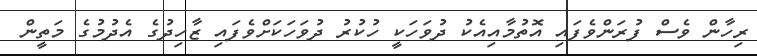
ރިހާން ވެސް ފުރަންވެފައި އޮތުމާއިއެކު ދުވަހަކީ ހުކުރު ދުވަހަކަށްވެފައި ޒާހިދުގެ އެދުމުގެ މަތީން